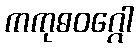
ကကုဓဝဂ္ဂေါ